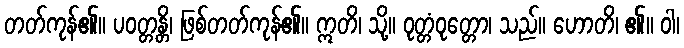
တတ်ကုန်၏။ ပဝတ္တန္တိ၊ ဖြစ်တတ်ကုန်၏။ ဣတိ၊ သို့။ ဝုတ္တံဝုတ္တော၊ သည်။ ဟောတိ၊ ၏။ ဝါ၊